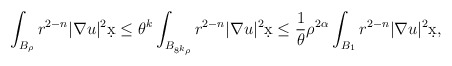
\begin{align*}\int_{B_{\rho}} r^{2-n} |\nabla u|^2 \d x &\leq \theta^k \int_{B_{8^k\rho}} r^{2-n} |\nabla u|^2 \d x \leq \frac{1}{\theta} \rho^{2\alpha} \int_{B_1} r^{2-n} |\nabla u|^2 \d x,\end{align*}